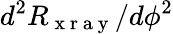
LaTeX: d^{2}R_{\mathrm{~x~r~a~y~}}/d\phi^{2}